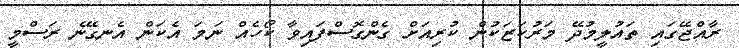
ރާއްޖޭގައި ތައުލީމުދޭ މަރުކަޒަކުން ކުރިއަށް ގެންގޮސްފައިވާ ކޯހެއް ނަމަ އެކަން އެނގޭނެ ރަސްމީ